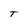
Character: T